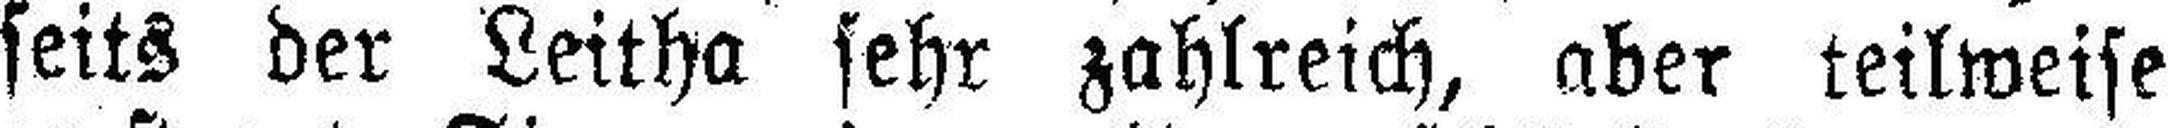
seits der Leitha sehr zahlreich, aber teilweise